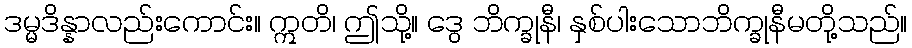
ဒမ္မဒိန္နာလည်းကောင်း။ ဣတိ၊ ဤသို့။ ဒွေ ဘိက္ခုနီ၊ နှစ်ပါးသောဘိက္ခုနီမတို့သည်။